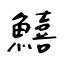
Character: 鱚